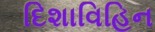
દિશાવિહિન